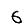
Digit: 6